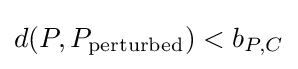
d(P,P_{\text{perturbed}})<b_{P,C}